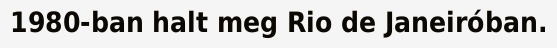
1980-ban halt meg Rio de Janeiróban.